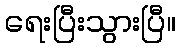
ရေးပြီးသွားပြီ။